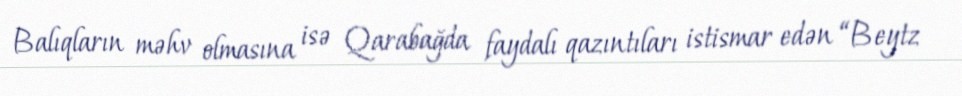
Balıqların məhv olmasına isə Qarabağda faydalı qazıntıları istismar edən “Beytz